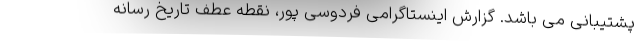
پشتیبانی می باشد. گزارش اینستاگرامی فردوسی پور، نقطه عطف تاریخ رسانه